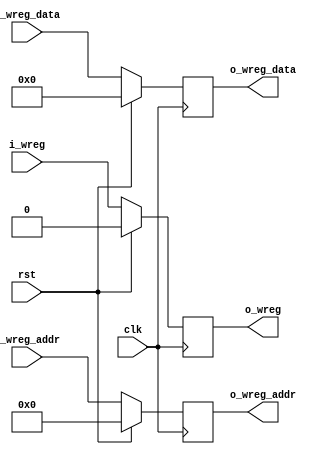
`timescale 1ns / 1ps
//////////////////////////////////////////////////////////////////////////////////
// Company: 
// Engineer: 
// 
// Design Name: 
// Module Name: ex_mem
// Project Name: 
// Target Devices: 
// Tool Versions: 
// Description: 
// 
// Dependencies: 
// 
// Revision:
// Revision 0.01 - File Created
// Additional Comments:
// 
//////////////////////////////////////////////////////////////////////////////////


module ex_mem(
    input wire rst,
    input wire clk,
    input wire i_wreg,
    input wire[4:0] i_wreg_addr,
    input wire[31:0] i_wreg_data,
  
    output reg o_wreg,
    output reg[4:0] o_wreg_addr,
    output reg[31:0] o_wreg_data
    );
    
always @(posedge clk)
begin
    if (rst == 1'b1)
        begin
            o_wreg <= 1'b0;
            o_wreg_addr <= 5'b0;
            o_wreg_data <= 32'h0;
        end
    else
        begin
            o_wreg <= i_wreg;
            o_wreg_addr <= i_wreg_addr;
            o_wreg_data <= i_wreg_data;
        end
end
endmodule